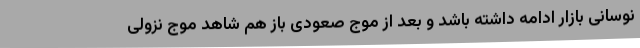
نوسانی بازار ادامه داشته باشد و بعد از موج صعودی باز هم شاهد موج نزولی